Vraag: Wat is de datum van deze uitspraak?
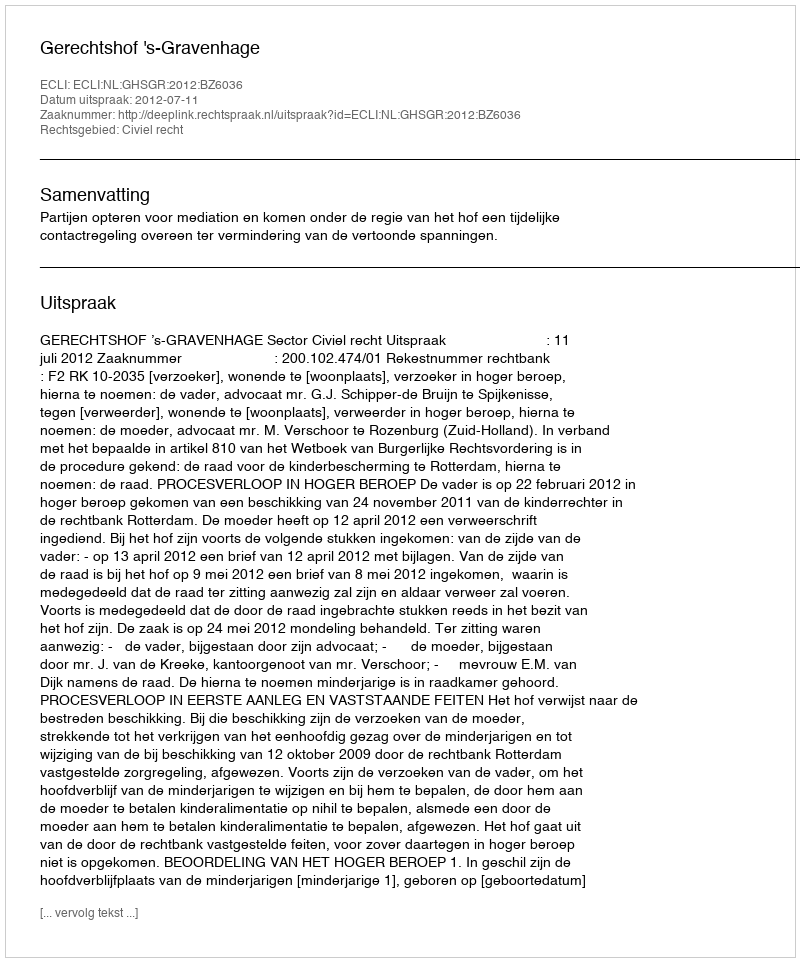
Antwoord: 2012-07-11